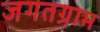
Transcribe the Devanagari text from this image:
जगतग्राम